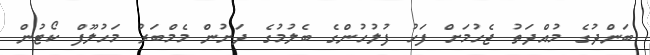
ބަންދުގެ މުއްދަތު ޖެހުމަށް ފަހު ފުލުހުންގެ ބެލުމުގެ ދަށުން މެމްބަރު މަހުލޫފް ކޯޓުން